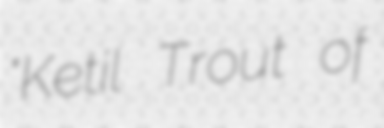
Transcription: "Ketil Trout of